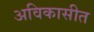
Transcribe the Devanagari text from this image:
अविकासीत